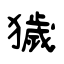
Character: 獩